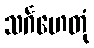
သင်္ဂဟေတုံ